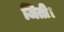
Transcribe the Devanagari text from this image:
जिती।